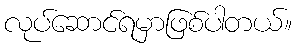
လုပ်ဆောင်ရမှာဖြစ်ပါတယ်။